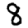
Digit: 8